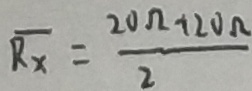
R _ { x } = \frac { 2 0 \Omega + 2 0 \Omega } { 2 }